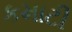
કમાટી